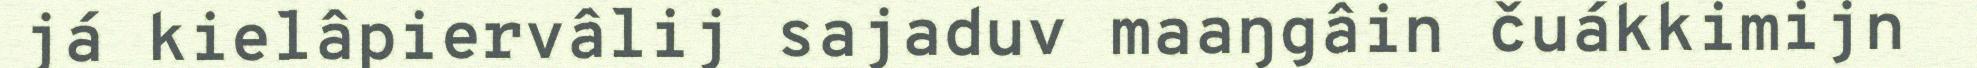
já kielâpiervâlij sajaduv maaŋgâin čuákkimijn